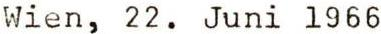
Wien, 22. Juni 1966